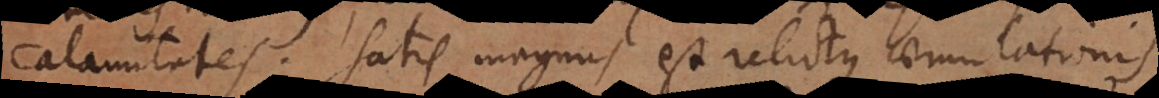
calamitates. Satis magnus est relictus aemulationis